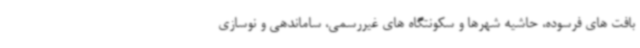
بافت های فرسوده، حاشیه شهرها و سکونتگاه های غیررسمی، ساماندهی و نوسازی